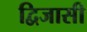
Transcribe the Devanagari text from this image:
द्विजासी